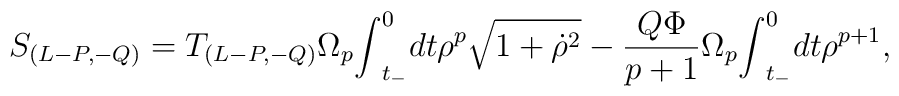
S_{(L-P,-Q)}=T_{(L-P,-Q)}{\Omega}_{p} {\int}_{t_{-}}^{0}dt {\rho}^{p}\sqrt {1+{\dot {\rho}}^{2}} -\frac{Q{\Phi}}{p+1} {\Omega}_{p}  {\int}_{t_{-}}^{0}dt {\rho}^{p+1},